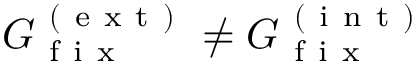
G _ { \mathrm { ~ f ~ i ~ x ~ } } ^ { \mathrm { ~ ( ~ e ~ x ~ t ~ ) ~ } } \neq G _ { \mathrm { ~ f ~ i ~ x ~ } } ^ { \mathrm { ~ ( ~ i ~ n ~ t ~ ) ~ } }